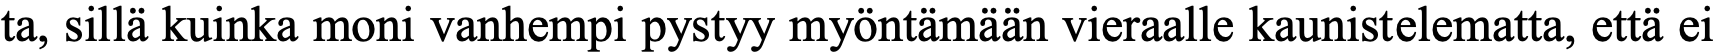
ta, sillä kuinka moni vanhempi pystyy myöntämään vieraalle kaunistelematta, että ei